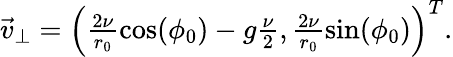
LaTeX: \begin{array}{r}{\vec{v}_{\perp}=\left(\frac{2\nu}{r_{0}}\cos(\phi_{0})-g\frac{\nu}{2},\frac{2\nu}{r_{0}}\sin(\phi_{0})\right)^{T}.}\end{array}